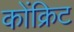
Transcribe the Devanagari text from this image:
कोंक्रिट